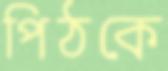
পিঠকে